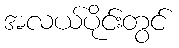
အလယ်ပိုင်းတွင်